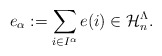
\begin{align*}e_{\alpha}:=\sum_{i\in I^{\alpha}}e(i)\in \mathcal{H}_n^{\Lambda}. \end{align*}